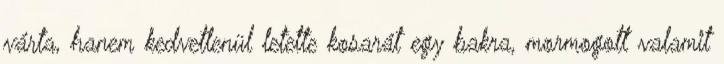
várta, hanem kedvetlenül letette kosarát egy bakra, mormogott valamit